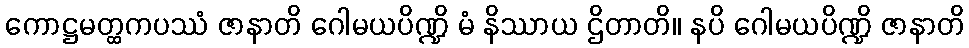
ကောဋ္ဌမတ္ထကပဿံ ဇာနာတိ ဂေါမယပိဏ္ဍိ မံ နိဿာယ ဌိတာတိ။ နပိ ဂေါမယပိဏ္ဍိ ဇာနာတိ